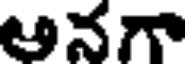
అనగా